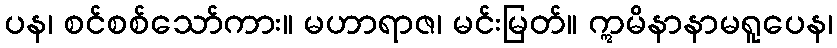
ပန၊ စင်စစ်သော်ကား။ မဟာရာဇ၊ မင်းမြတ်။ ဣမိနာနာမရူပေန၊